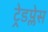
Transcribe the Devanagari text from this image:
ट्रेडप्लेस